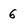
Character: 6